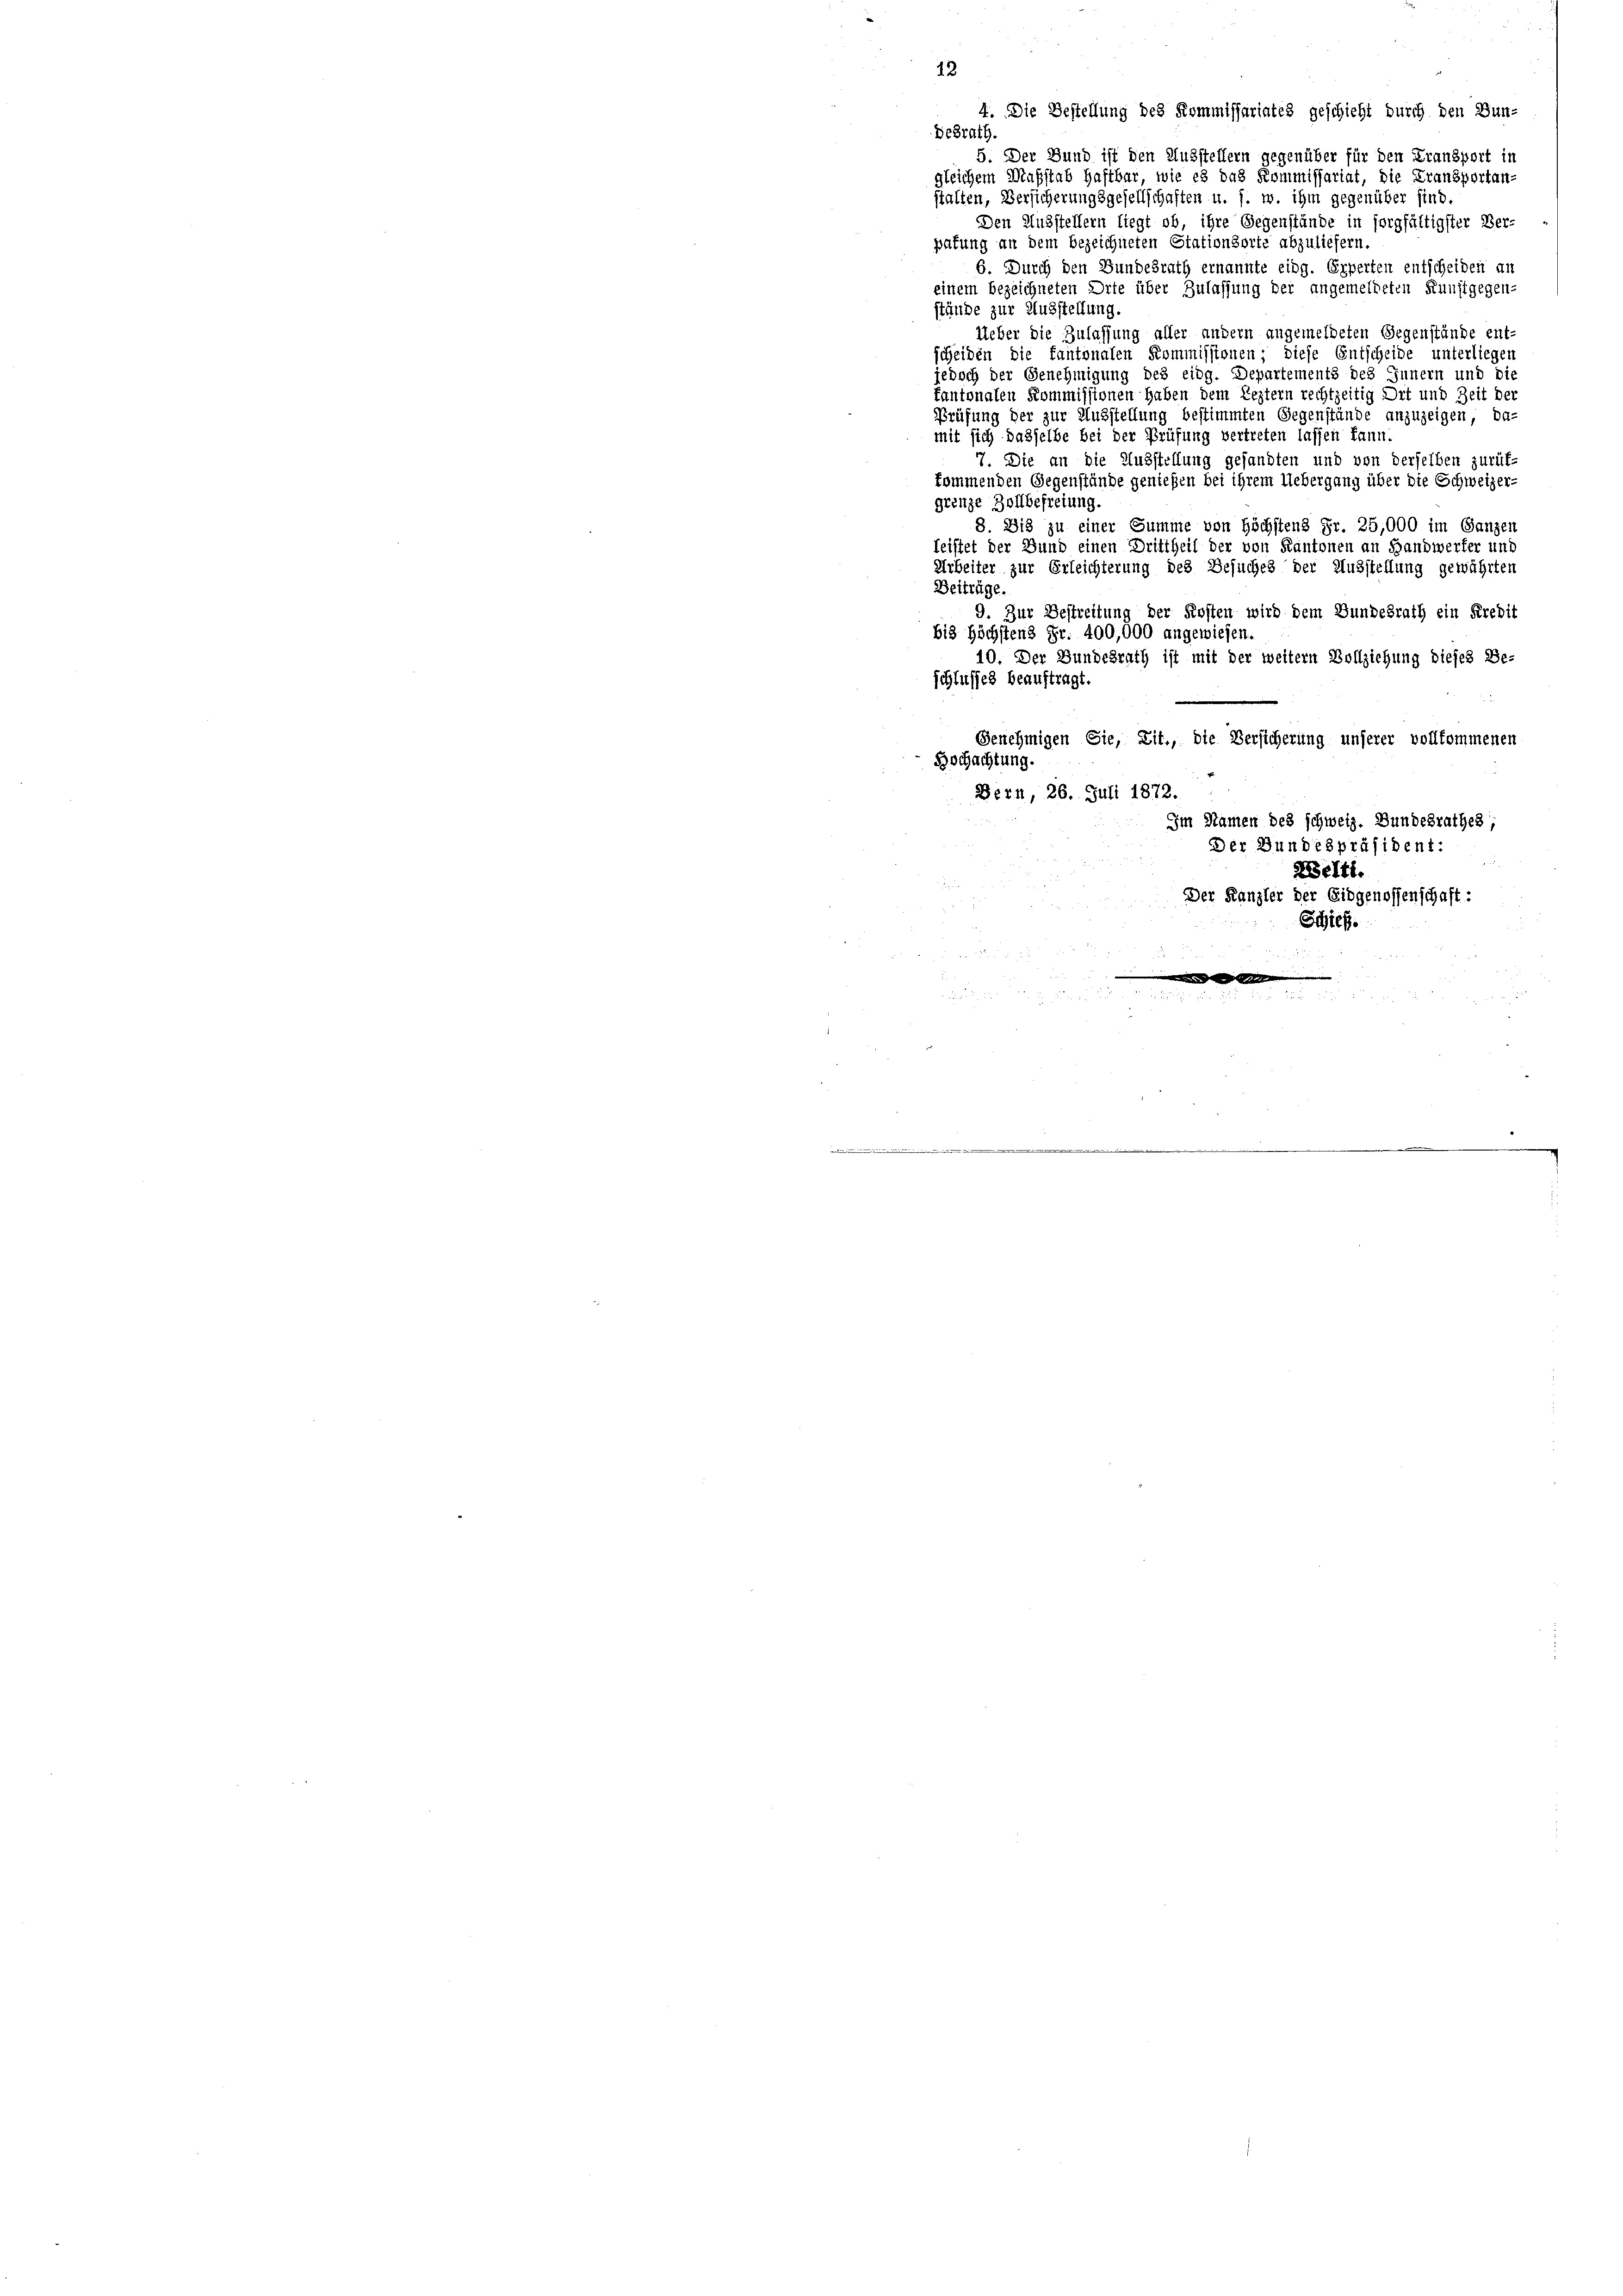
12
4. Die Bestellung des Kommissariates geschieht durch den Bun-
Besrath.
5. Der Bund ist den Ausstellern gegenüber für den Fransport in
gleichem Maßstab Haftbar, wie es das Kommissariat, die Transportan-
stalten, Versicherungsgesellschaften u. s. w. ihm gegenüber sind.
Den Ausstellern liegt ob, ihre Gegenstände in sorgfältigster Ver-
pafung an dem bezeichneten Stationsorte abzuliefern.
6. Durch den Bundesrath ernannte eidg. Experten entscheiden an
einem bezeichneten Orte über Zulassung der angemeldeten Kunstgegen-
stände zur Ausstellung.
Ueber die Zulassung aller andern angemeldeten Gegenstände ent-
scheiden die fantonalen Kommissionen; diese Entscheide unterliegen
jedoch der Genehmigung des eidg. Departements des Innern und die
fantonalen Kommissionen haben dem Leztern rechtzeitig Ort und Zeit der
Prüfung der zur Ausstellung bestimmten Gegenstände anzuzeigen, da
mit sich dasselbe bei der Prüfung vertreten lassen kann.
7. Die an die Ausstellung gesandten und von derselben zurük-
kommenden Gegenstände genießen bei ihrem Uebergang über die Schweizer-
grenze Zollbefreiung.
8. Die zu einer Summe von Höchstens Fr. 25,000 im Ganzen
leistet der Bund einen Drittheil der von Kantonen an Handwerfer unt
Arbeiter zur Erleichterung des Besuches der Ausstellung gewährten
Beitrüge.
9. Zur Bestreitung der Kosten wird dem Bundesrath ein Kredit
bi3 Höchstens Fr. 400,000 angewiesen.
10. Der Bundesrath ist mit der weitern Vollziehung dieses Be-
schlusses beauftragt.
Genehmigen Sie, Lit., die Versicherung unserer vollkommenen
Bochachtung.
Bern, 26. Juli 1872.
Im Namen des schweiz. Bundesrathes;
Der Bundespräsident:
Kelti.
Der Kanzler der Eidgenossenschaft:
Schief.